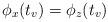
LaTeX: \begin{align*}\phi_x(t_v) = \phi_z(t_v)\end{align*}